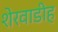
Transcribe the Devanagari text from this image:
शेरवाडीह